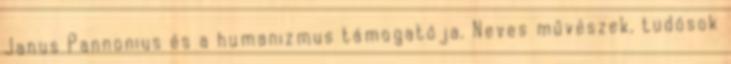
Janus Pannonius és a humanizmus támogatója. Neves művészek, tudósok